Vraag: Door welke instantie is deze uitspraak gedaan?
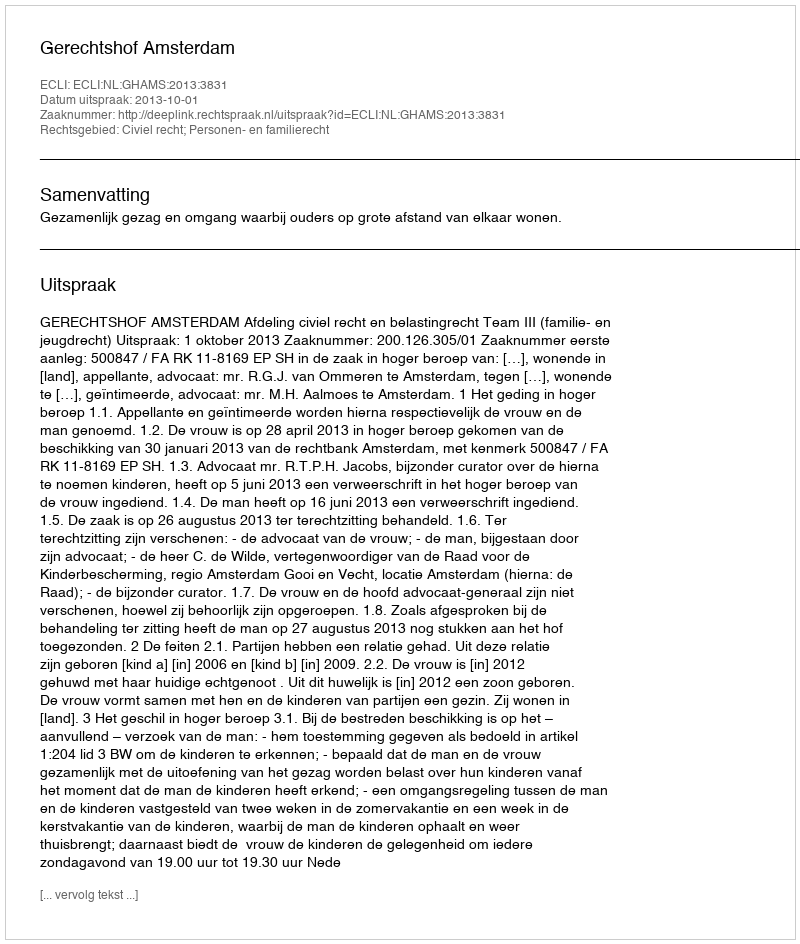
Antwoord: Gerechtshof Amsterdam